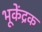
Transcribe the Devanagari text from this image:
भूकेंद्रक